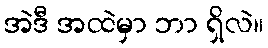
အဲဒီ အထဲမှာ ဘာ ရှိလဲ။